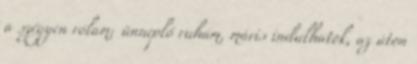
a szégyen rólam; ünneplő ruhám, máris indulhatok, az úton